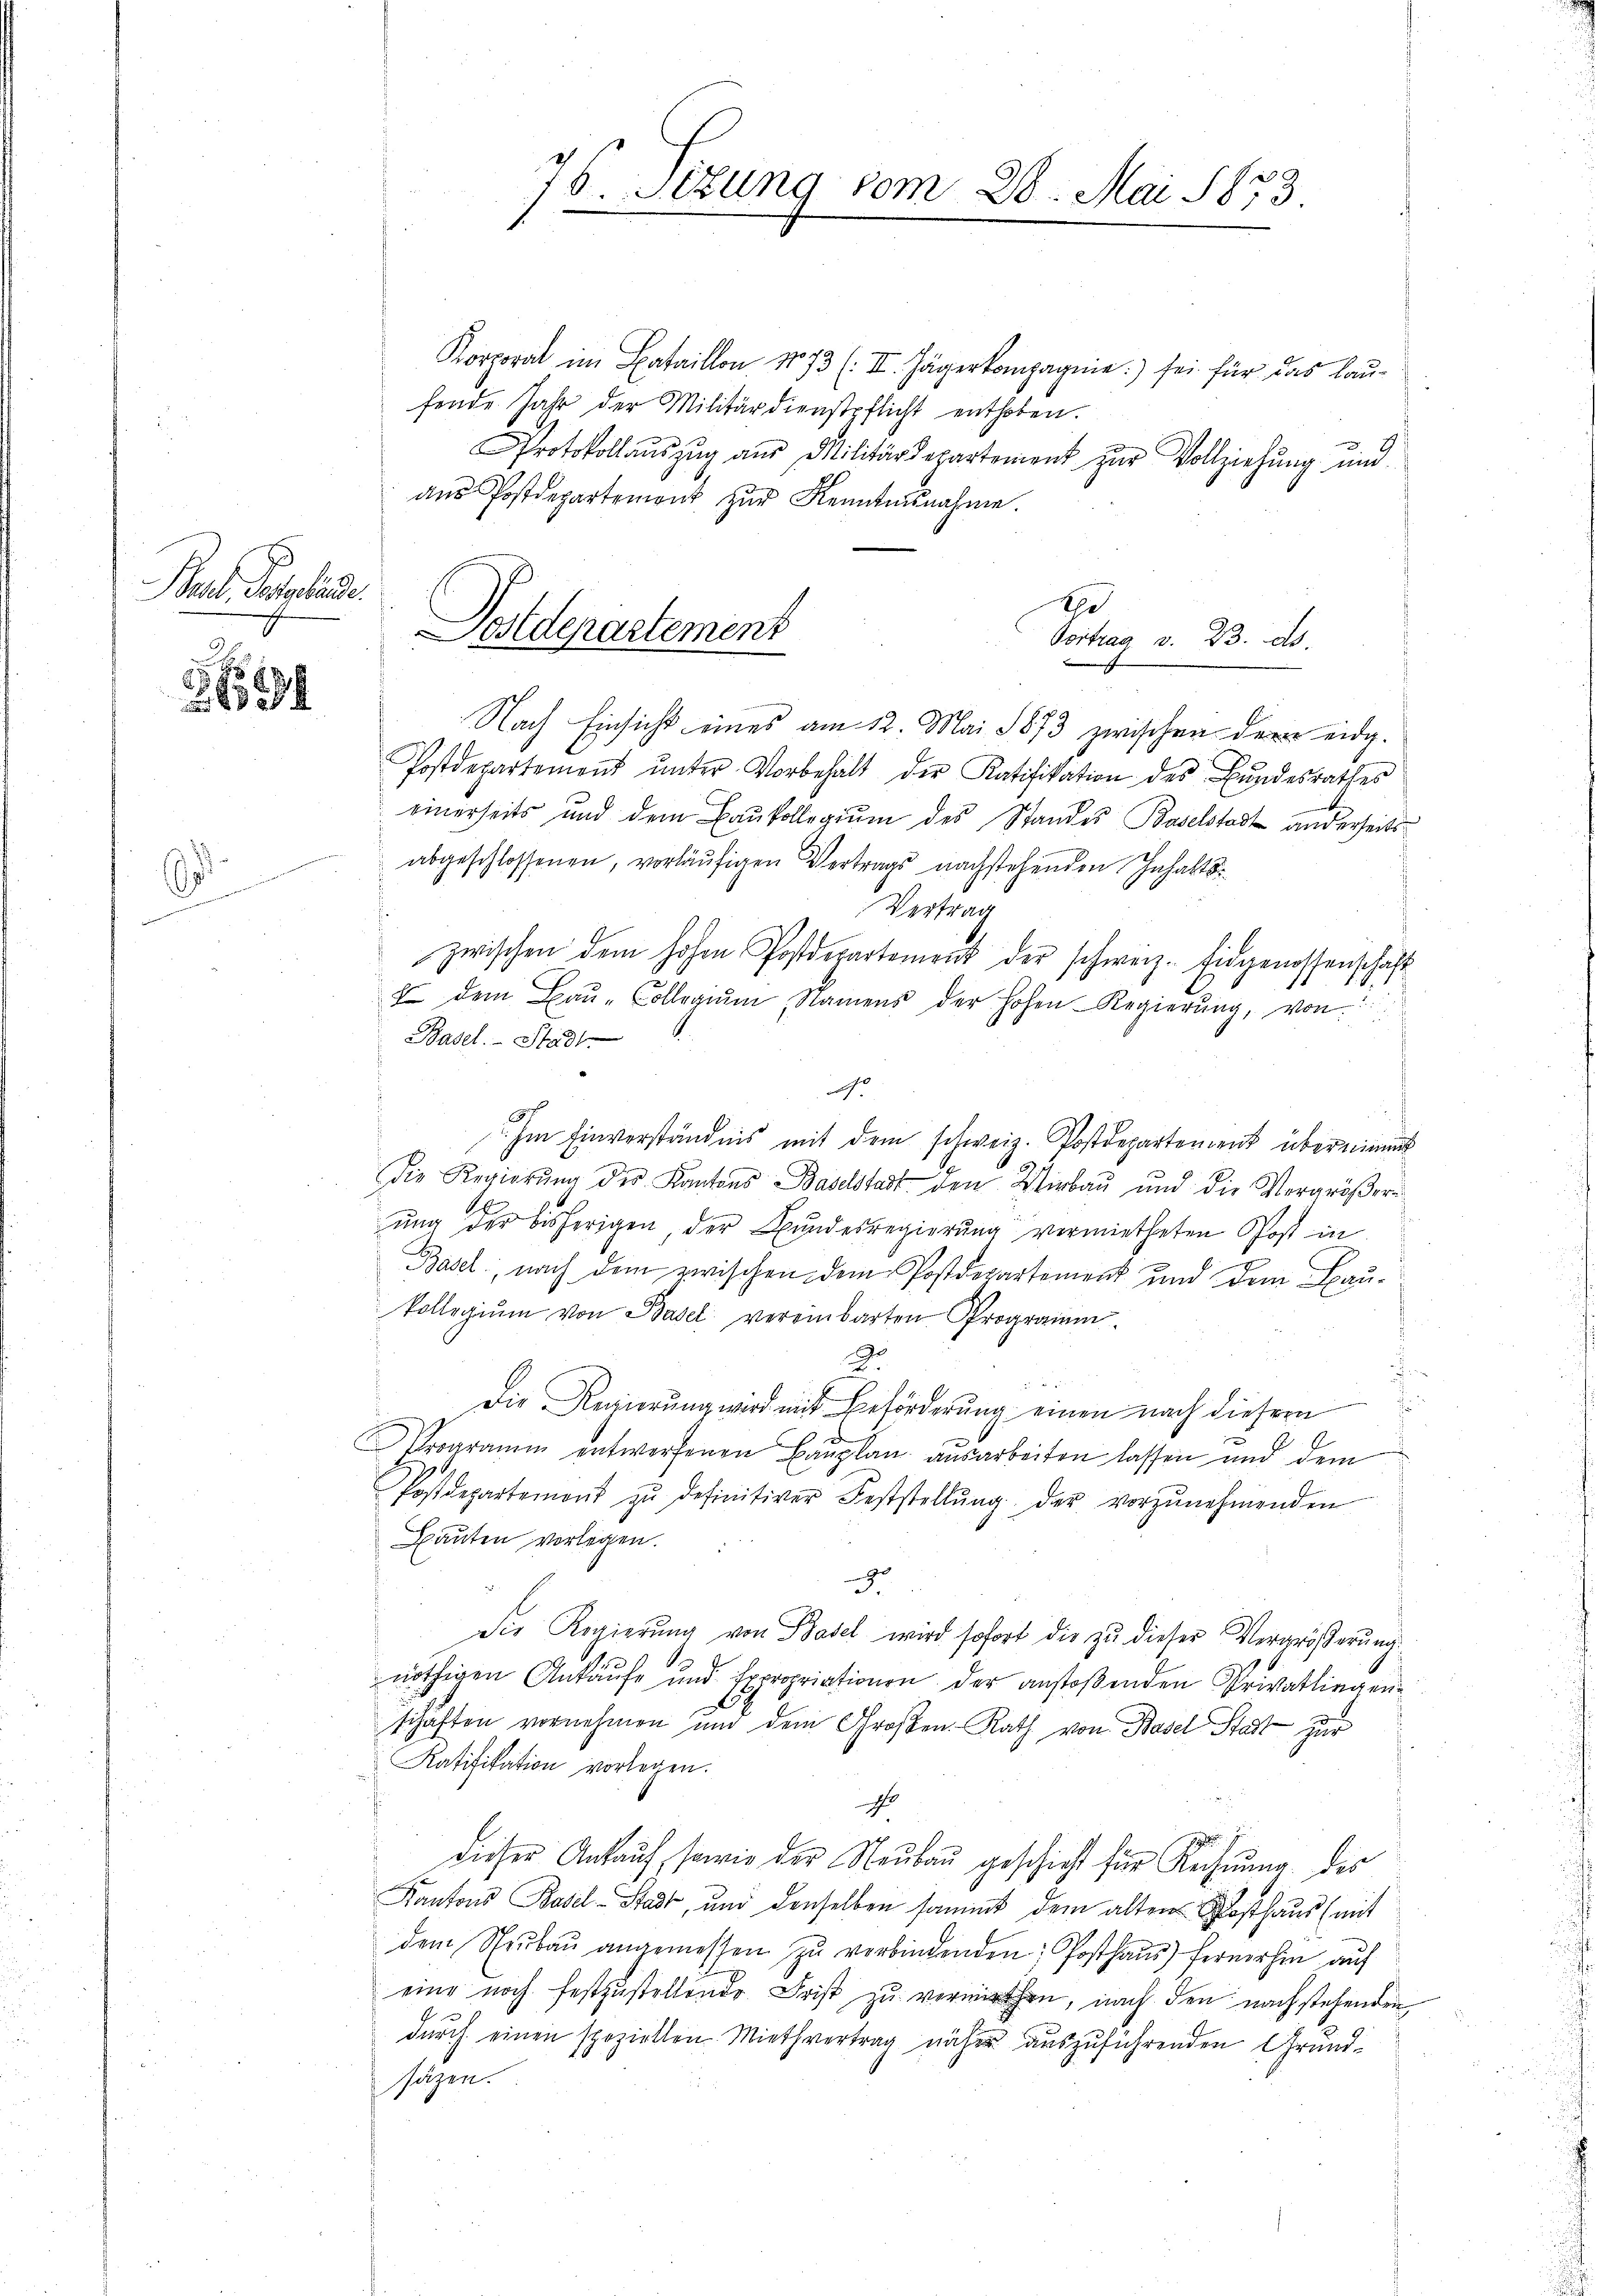
Barb. Pestande
M

64

G

Korporat im Bataillon 173 (II. Jägerkompagnie:) sei für das laufende Jahr der Militärdienstpflicht enthoben.
Protokollaŭszŭg aŭs Militärdepartement zur Vollziehung und
ans Postdepartement zur Kenntnisnahme.
Nach Einsicht eines am 12. Mai 1873 zwischen dem eidg.
Postdepartement ŭnter Vorbehalt der Ratifikation des Bundesrathes
einerseits und dem Baukollegium des Standes Baselstadt anderseitsabgeschlossenen, vorläufigen Vertrags nachstehenden Inhalts¬
Vertrag
zwischen dem hohen Postdepartement der schweiz. Eidgenossenschaft
f dem Baŭ-Collegiŭm, Namens der hohen Regierŭng, von
Basel. Stadt
d
6 x
Im Einverständnis mit dem schweiz. Postdepartement übernimmt
die Regierŭng des Kantons Baselstadt den Wirbau und die Vergröβern
.
ung der bisherigen, der Bundesregierŭng vermietheten Post in
Basel, nach dem zwischen dem Postdepartement und dem Bau¬
Vollegium von Basel vereinbarten Prograien
Dr
Die Regierung wird mit Beförderung einen nach dieser
Programm entworfenen Baŭplan ausarbeiten lassen und dem
Postdepartemont zŭ definitiver Feststellŭng der vorzŭnehmenden
Bauten vorlegen.
.
Die Regierung von Basel wird sofort die zu dieser Vergrößerung
1
nöthigen Ankäufe und Expropriationen der anstoßenden Privatlingen
schaften vornehmen und dem Großen Rath von Basel Stadt zur
Ratifikation vorlegen.
r
dieser Ankauf, sowie der Neubau geschicht für Rechnung des
Kantons Basel-Stadt, und denselben sammt dem alten Posthaus (mit
dem Neŭbaŭ angemessen zŭ verbindenden: Posthaŭs) fernerhin auf
eine noch festzustellende Frist zu verwen, nach den nachstehenden
durch einen spezielten Miethvertrag näher auszuführenden Grundsogen.

76. Sizung vom 28. Mai 1873

Postdepartement

d
Vortrag v. 23. ds.